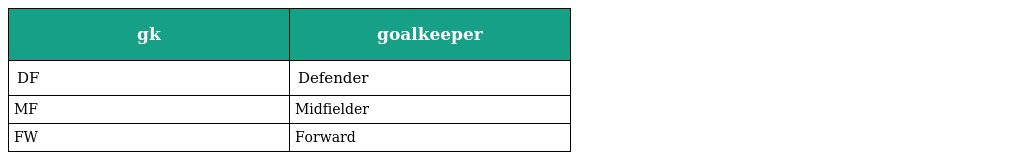
| gk | goalkeeper |
 | --- | --- |
 | DF | Defender |
 | MF | Midfielder |
 | FW | Forward |